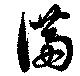
満